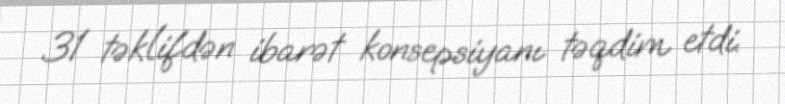
31 təklifdən ibarət konsepsiyanı təqdim etdi.